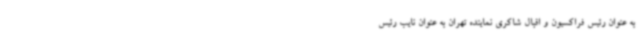
به عنوان رئیس فراکسیون و اقبال شاکری نماینده تهران به عنوان نایب رئیس